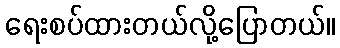
ရေးစပ်ထားတယ်လို့ပြောတယ်။